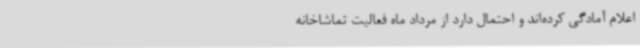
اعلام آمادگی کرده‌اند و احتمال دارد از مرداد ماه فعالیت تماشاخانه